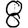
Digit: 8